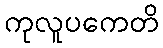
ကုလူပကေတိ